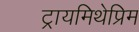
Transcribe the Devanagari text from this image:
ट्रायमिथेप्रिम